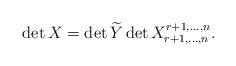
LaTeX: \begin{align*}\det X=\det \widetilde{Y} \det X^{r+1,\ldots,n}_{r+1,\ldots,n}. \end{align*}